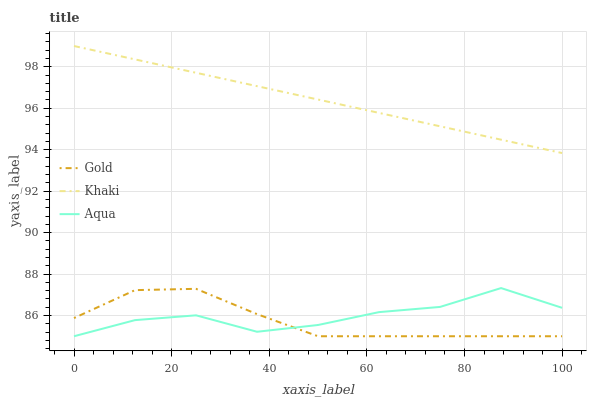
| xaxis_label | Gold | Khaki | Aqua |
 | --- | --- | --- | --- |
 | 0 | 85.9 | 99 | 85 |
 | 12.5 | 87.2 | 98.4 | 85.8 |
 | 25 | 87.3 | 97.7 | 86 |
 | 37.5 | 86.1 | 97.1 | 85.2 |
 | 50 | 85 | 96.4 | 85.5 |
 | 62.5 | 85 | 95.8 | 86.2 |
 | 75 | 85 | 95.1 | 86.4 |
 | 87.5 | 85 | 94.5 | 87.3 |
 | 100 | 85 | 93.8 | 86.4 |